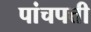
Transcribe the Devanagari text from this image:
पांचपत्ती